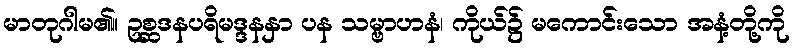
မာတုဂါမ၏။ ဥစ္ဆဒနပရိမဒ္ဒနနှာ ပန သမ္ဗာဟနံ၊ ကိုယ်၌ မကောင်းသော အနံ့တို့ကို